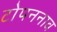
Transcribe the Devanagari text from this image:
टोपननाव